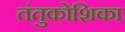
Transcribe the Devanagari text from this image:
तंतुकोशिका